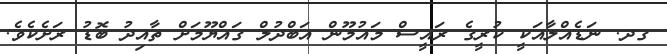
ގދ. ނަޑެއްލާއަކީ ކުރީގެ ރައީސް މައުމޫން އަބްދުލް ގައްޔޫމަށް ތާއިދު ބޮޑު ރަށެކެވެ.